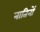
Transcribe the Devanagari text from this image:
नातिनों